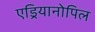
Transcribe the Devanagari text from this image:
एड्रियानोपिल